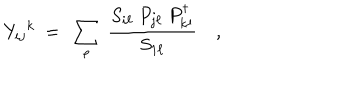
{ Y _ { i j } } ^ { k } \ = \ \sum _ { \ell } \ { \frac { S _ { i \ell } \ P _ { j \ell } \ P _ { k \ell } ^ { \dagger } } { S _ { 1 \ell } } } \quad ,